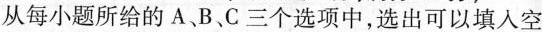
从每小题所给的A、B、C三个选项中，选出可以填入空